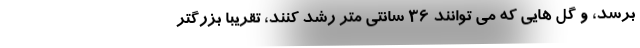
برسد، و گل هایی که می توانند ۳۶ سانتی متر رشد کنند، تقریبا بزرگتر